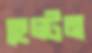
হেল্টন